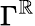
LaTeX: \Gamma^{\mathbb{R}}